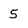
Character: 5